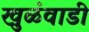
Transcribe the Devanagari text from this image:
खुळंवाडी